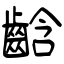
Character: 𪘒